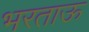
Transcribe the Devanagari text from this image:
भरताऊ